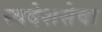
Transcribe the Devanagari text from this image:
स्वदेशसेवा